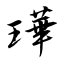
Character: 璍